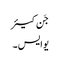
جَن کیئر
یو ایس ۔